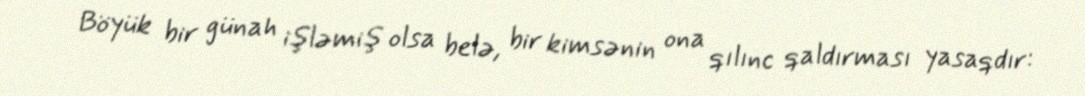
Böyük bir günah işləmiş olsa belə, bir kimsənin ona qılınc qaldırması yasaqdır: